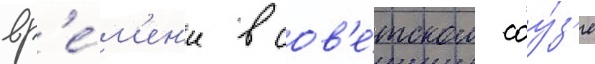
вр'е́м'ен'и в сов'е́тском соу́з'е